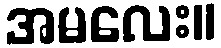
အမလေး။